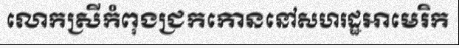
លោកស្រីកំពុងជ្រកកោននៅសហរដ្ឋអាមេរិក